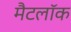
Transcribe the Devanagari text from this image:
मैटलॉक